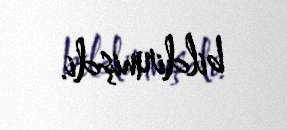
bildirmişdi.